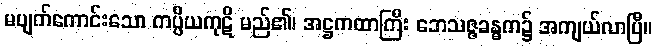
မပျက်ကောင်းသော ကပ္ပိယကုဋိ မည်၏၊ အဋ္ဌကထာကြီး ဘေသဇ္ဇခန္ဓက၌ အကျယ်လာပြီ။